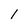
Character: l